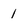
Character: l